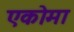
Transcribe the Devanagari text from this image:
एकोमा